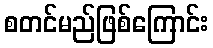
စတင်မည်ဖြစ်ကြောင်း